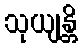
သုယျန္တိ